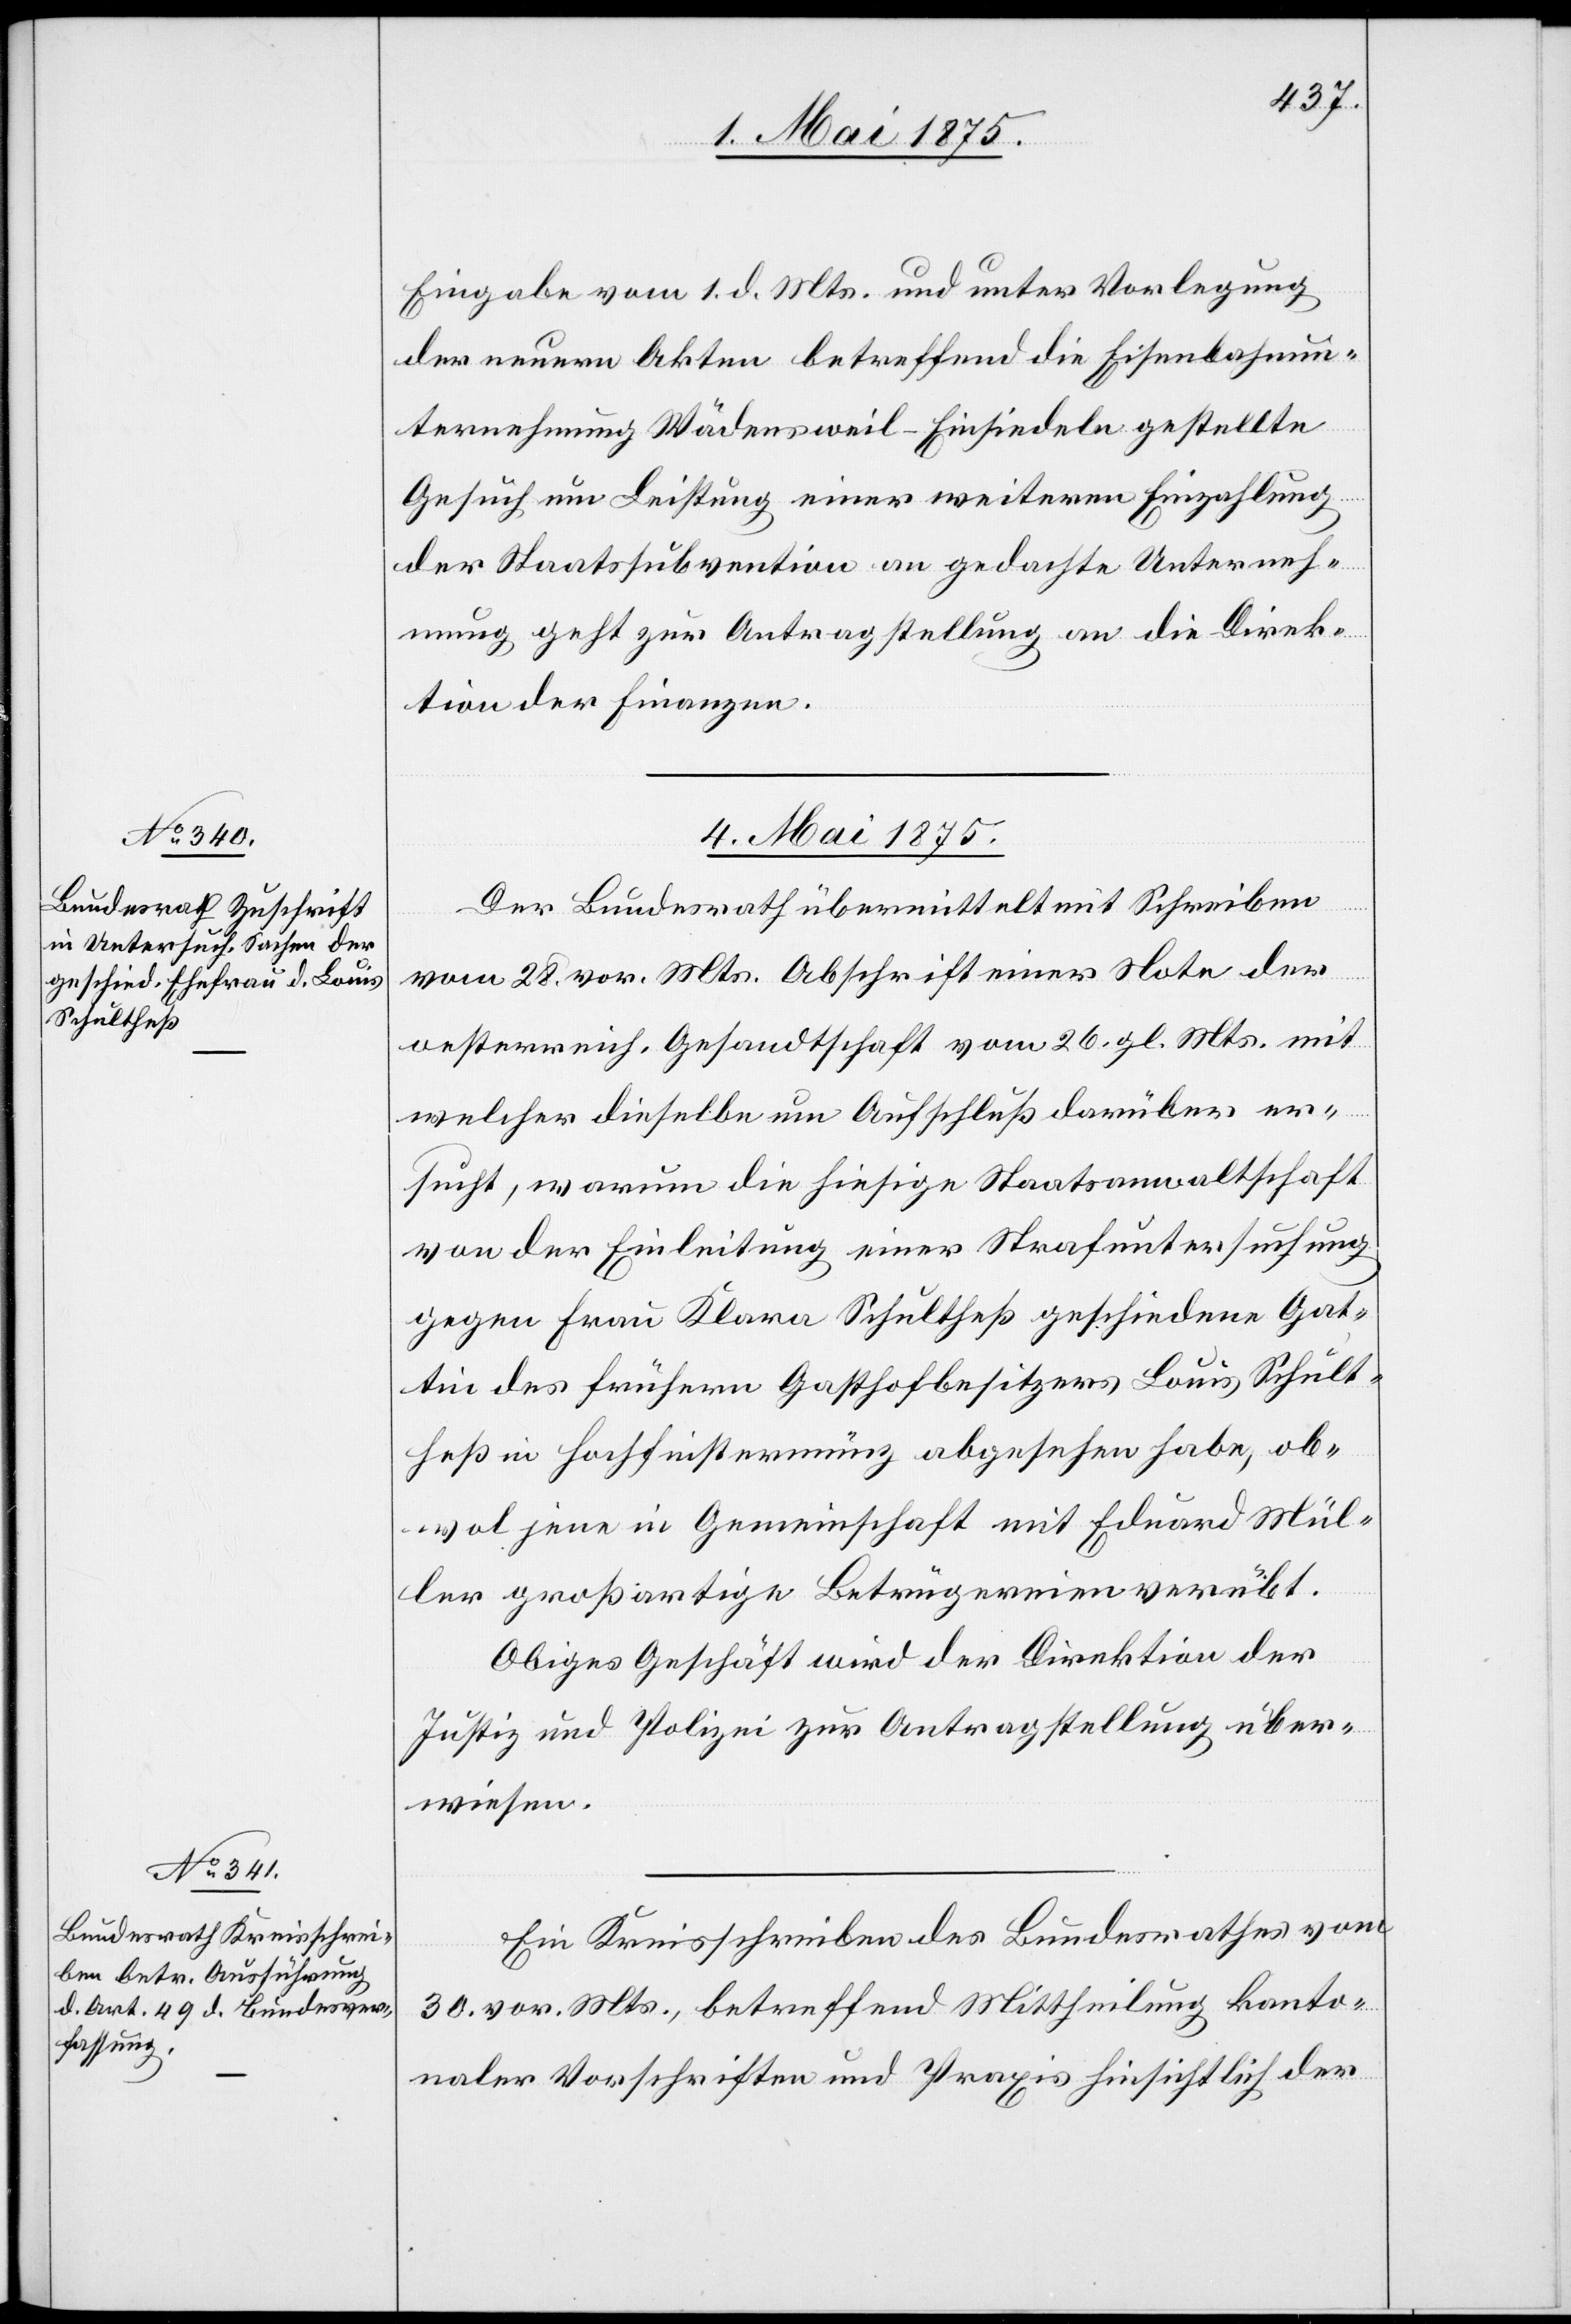
Eingabe vom 1. d. Mts. und unter Vorlegung
der neuern Akten betreffend die Eisenbahnun¬
ternehmung Wädensweil–Einsiedeln gestellte
Gesuch um Leistung einer weitern Einzahlung
der Staatssubvention an gedachte Unterneh¬
mung geht zur Antragstellung an die Direk¬
tion der Finanzen.
4. Mai 1875.]
Der Bundesrath übermittelt mit Schreiben
vom 28. vor. Mts. Abschrift einer Note der
oesterreich. Gesandtschaft vom 26. gl. Mts. mit
welcher dieselbe um Aufschluß darüber er¬
sucht, warum die hiesige Staatsanwaltschaft
von der Einleitung einer Strafuntersuchung
gegen Frau Klara Schultheß geschiedene Gat¬
tin des frühern Gasthofbesitzers Louis Schult¬
heß in Hochfinstermünz abgesehen habe, ob¬
wol jene in Gemeinschaft mit Eduard Mül¬
ler großartige Betrügereien verübt.
Obiges Geschäft wird der Direktion der
Justiz und Polizei zur Antragstellung über¬
wiesen.
Ein Kreisschreiben des Bundesrathes vom
30. vor. Mts., betreffend Mittheilung kanto¬
naler Vorschriften und Praxis hinsichtlich der